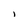
Character: l